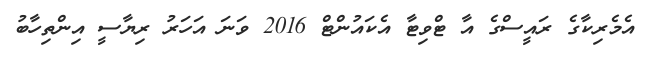
އެމެރިކާގެ ރައީސްގެ އާ ޓްވިޓާ އެކައުންޓް 2016 ވަނަ އަހަރު ރިޔާސީ އިންތިހާބު